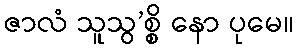
ဇာလံ သူသွ’စ္စိ နော ပုမေ။